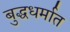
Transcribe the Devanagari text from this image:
बुद्धधर्मात